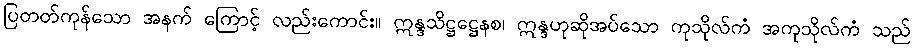
ပြတတ်ကုန်သော အနက် ကြောင့် လည်းကောင်း။ ဣန္ဒသိဋ္ဌဋ္ဌေနစ၊ ဣန္ဒဟုဆိုအပ်သော ကုသိုလ်ကံ အကုသိုလ်ကံ သည်